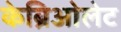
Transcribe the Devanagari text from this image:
केब्रिओलेट